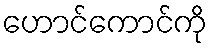
ဟောင်ကောင်ကို